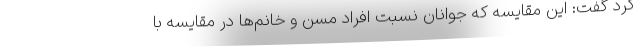
کرد گفت: این مقایسه که جوانان نسبت افراد مسن و خانم‌ها در مقایسه با